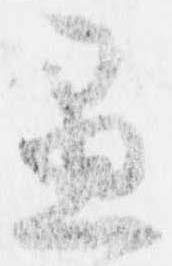
愚